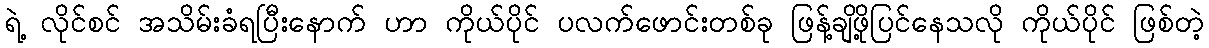
ရဲ့ လိုင်စင် အသိမ်းခံရပြီးနောက် ဟာ ကိုယ်ပိုင် ပလက်ဖောင်းတစ်ခု ဖြန့်ချိဖို့ပြင်နေသလို ကိုယ်ပိုင် ဖြစ်တဲ့